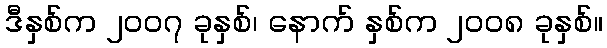
ဒီနှစ်က ၂၀၀၇ ခုနှစ်၊ နောက် နှစ်က ၂၀၀၈ ခုနှစ်။